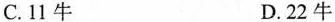
C.11牛 D.22牛